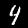
Label: 4